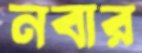
নবার